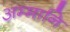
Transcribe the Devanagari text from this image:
अम्मानि